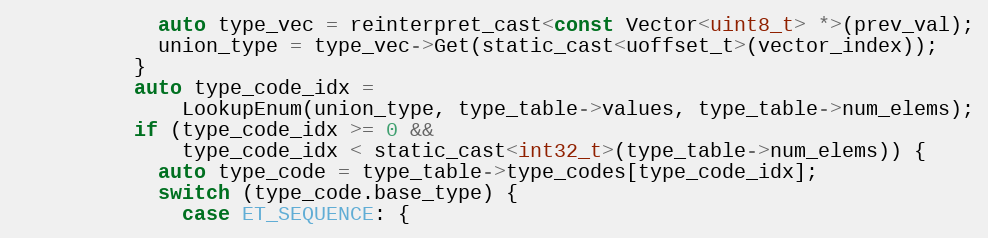
Language: C
            auto type_vec = reinterpret_cast<const Vector<uint8_t> *>(prev_val);
            union_type = type_vec->Get(static_cast<uoffset_t>(vector_index));
          }
          auto type_code_idx =
              LookupEnum(union_type, type_table->values, type_table->num_elems);
          if (type_code_idx >= 0 &&
              type_code_idx < static_cast<int32_t>(type_table->num_elems)) {
            auto type_code = type_table->type_codes[type_code_idx];
            switch (type_code.base_type) {
              case ET_SEQUENCE: {